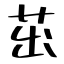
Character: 茁